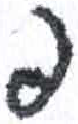
אות: פ